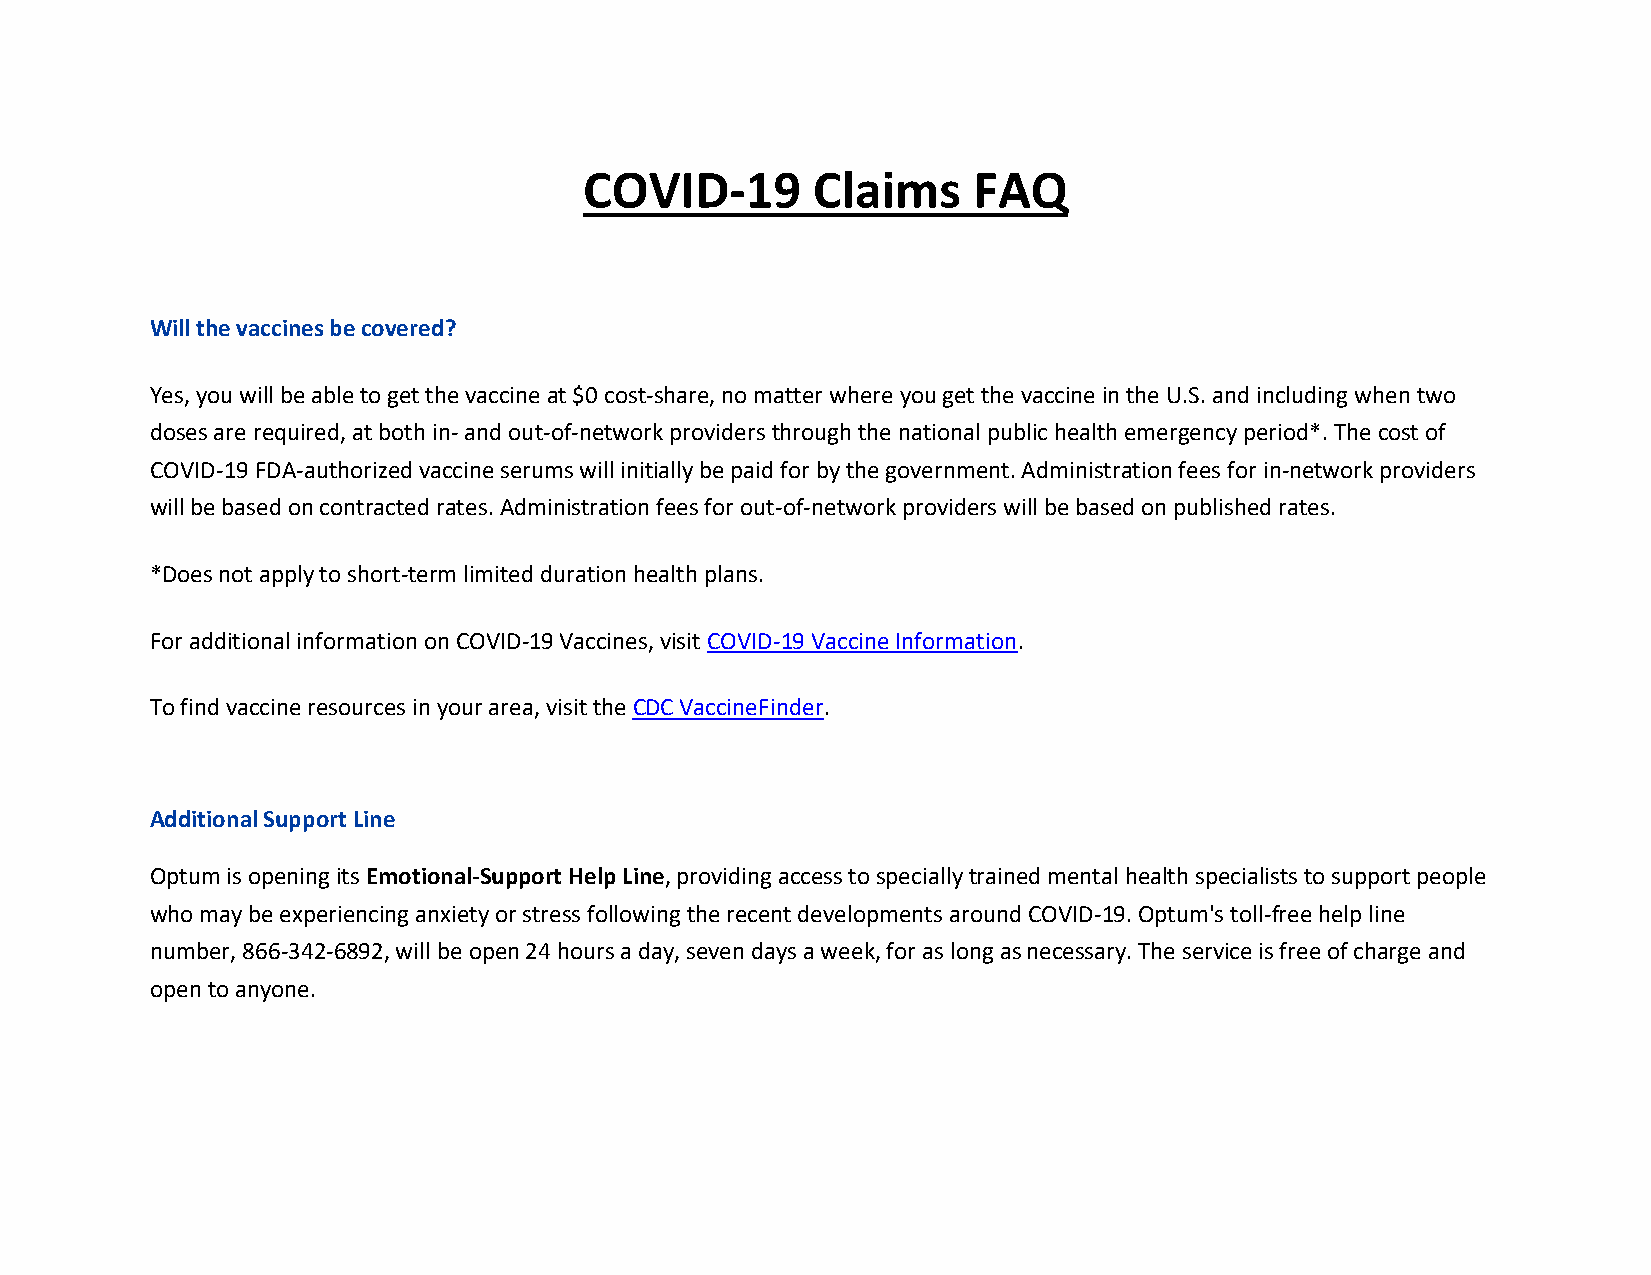
COVID-19       Claims    FAQ
 Will the vaccines be covered?
 Yes, you will be able to get the vaccine at $0 cost-share, no matter where you get the vaccine in the U.S. and including when two
 doses are required, at both in- and out-of-network providers through the national public health emergency period*. The cost of
 COVID-19 FDA-authorized vaccine serums will initially be paid for by the government. Administration fees for in-network providers
 will be based on contracted rates. Administration fees for out-of-network providers will be based on published rates.
 *Does not apply to short-term limited duration health plans.
 For additional information on COVID-19 Vaccines, visit COVID-19 Vaccine Information.
 To find vaccine resources in your area, visit the CDC VaccineFinder.
 Additional Support Line
 Optum is opening its Emotional-Support Help Line, providing access to specially trained mental health specialists to support people
 who may be experiencing anxiety or stress following the recent developments around COVID-19. Optum's toll-free help line
 number, 866-342-6892, will be open 24 hours a day, seven days a week, for as long as necessary. The service is free of charge and
 open to anyone.